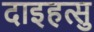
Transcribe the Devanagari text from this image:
दाइहत्सु